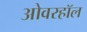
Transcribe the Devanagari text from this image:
ओवरहॉल